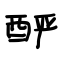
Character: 酽